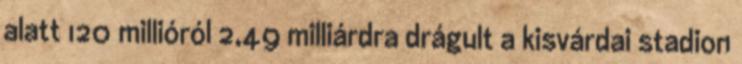
alatt 120 millióról 2,49 milliárdra drágult a kisvárdai stadion